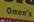
omon's